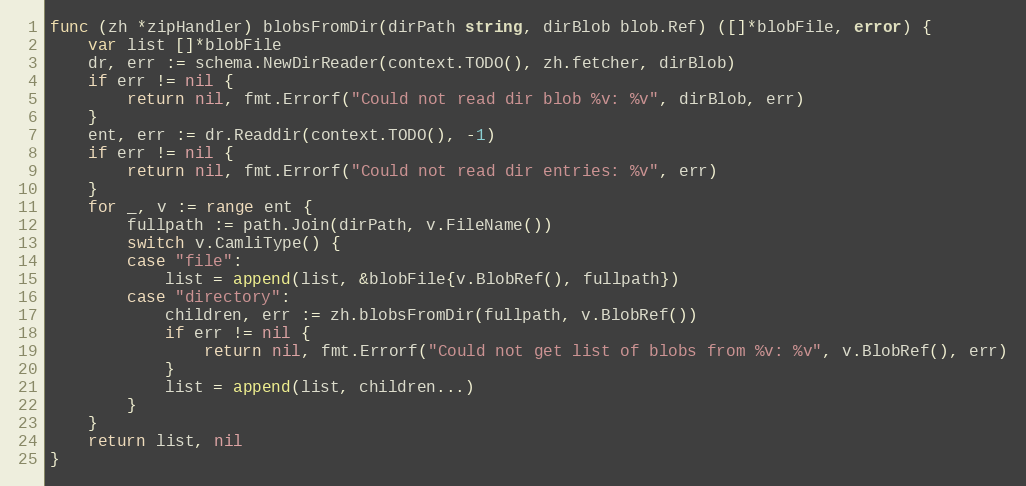
Language: Go
func (zh *zipHandler) blobsFromDir(dirPath string, dirBlob blob.Ref) ([]*blobFile, error) {
	var list []*blobFile
	dr, err := schema.NewDirReader(context.TODO(), zh.fetcher, dirBlob)
	if err != nil {
		return nil, fmt.Errorf("Could not read dir blob %v: %v", dirBlob, err)
	}
	ent, err := dr.Readdir(context.TODO(), -1)
	if err != nil {
		return nil, fmt.Errorf("Could not read dir entries: %v", err)
	}
	for _, v := range ent {
		fullpath := path.Join(dirPath, v.FileName())
		switch v.CamliType() {
		case "file":
			list = append(list, &blobFile{v.BlobRef(), fullpath})
		case "directory":
			children, err := zh.blobsFromDir(fullpath, v.BlobRef())
			if err != nil {
				return nil, fmt.Errorf("Could not get list of blobs from %v: %v", v.BlobRef(), err)
			}
			list = append(list, children...)
		}
	}
	return list, nil
}